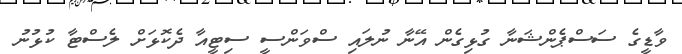
ވާޑީގެ ސަސްޕެންޝަނާ ގުޅިގެން އޭނާ ނުލައި ސްވަންސީ ސިޓީއާ ދެކޮޅަށް ލެސްޓާ ކުޅުނު